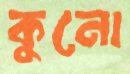
কুনো